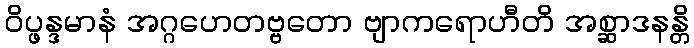
ဝိပ္ဖန္ဒမာနံ အဂ္ဂဟေတဗ္ဗတော ဗျာကရောဟီတိ အစ္ဆာဒနန္တိ